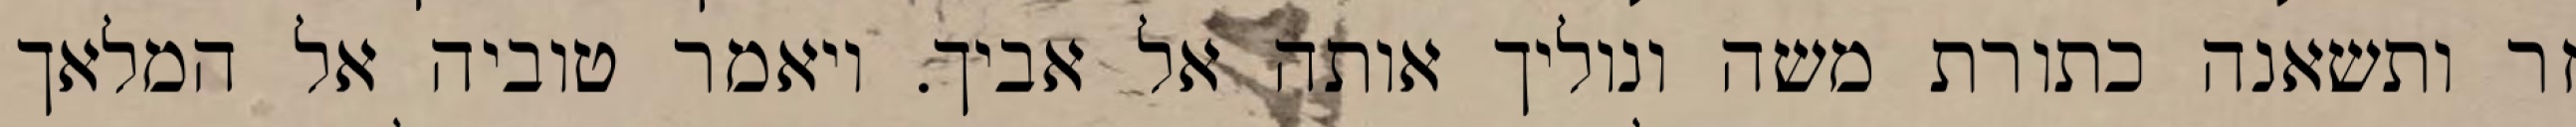
זר ותשאנה כתורת משה ונוליך אותה אל אביך. ויאמר טוביה אל המלאך